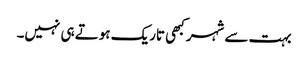
بہت سے شہر کبھی تاریک ہوتے ہی نہیں۔